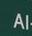
al